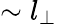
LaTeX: \sim l_{\perp}